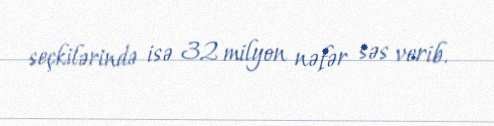
seçkilərində isə 32 milyon nəfər səs verib.